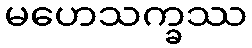
မဟေသက္ခဿ